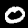
Label: 0